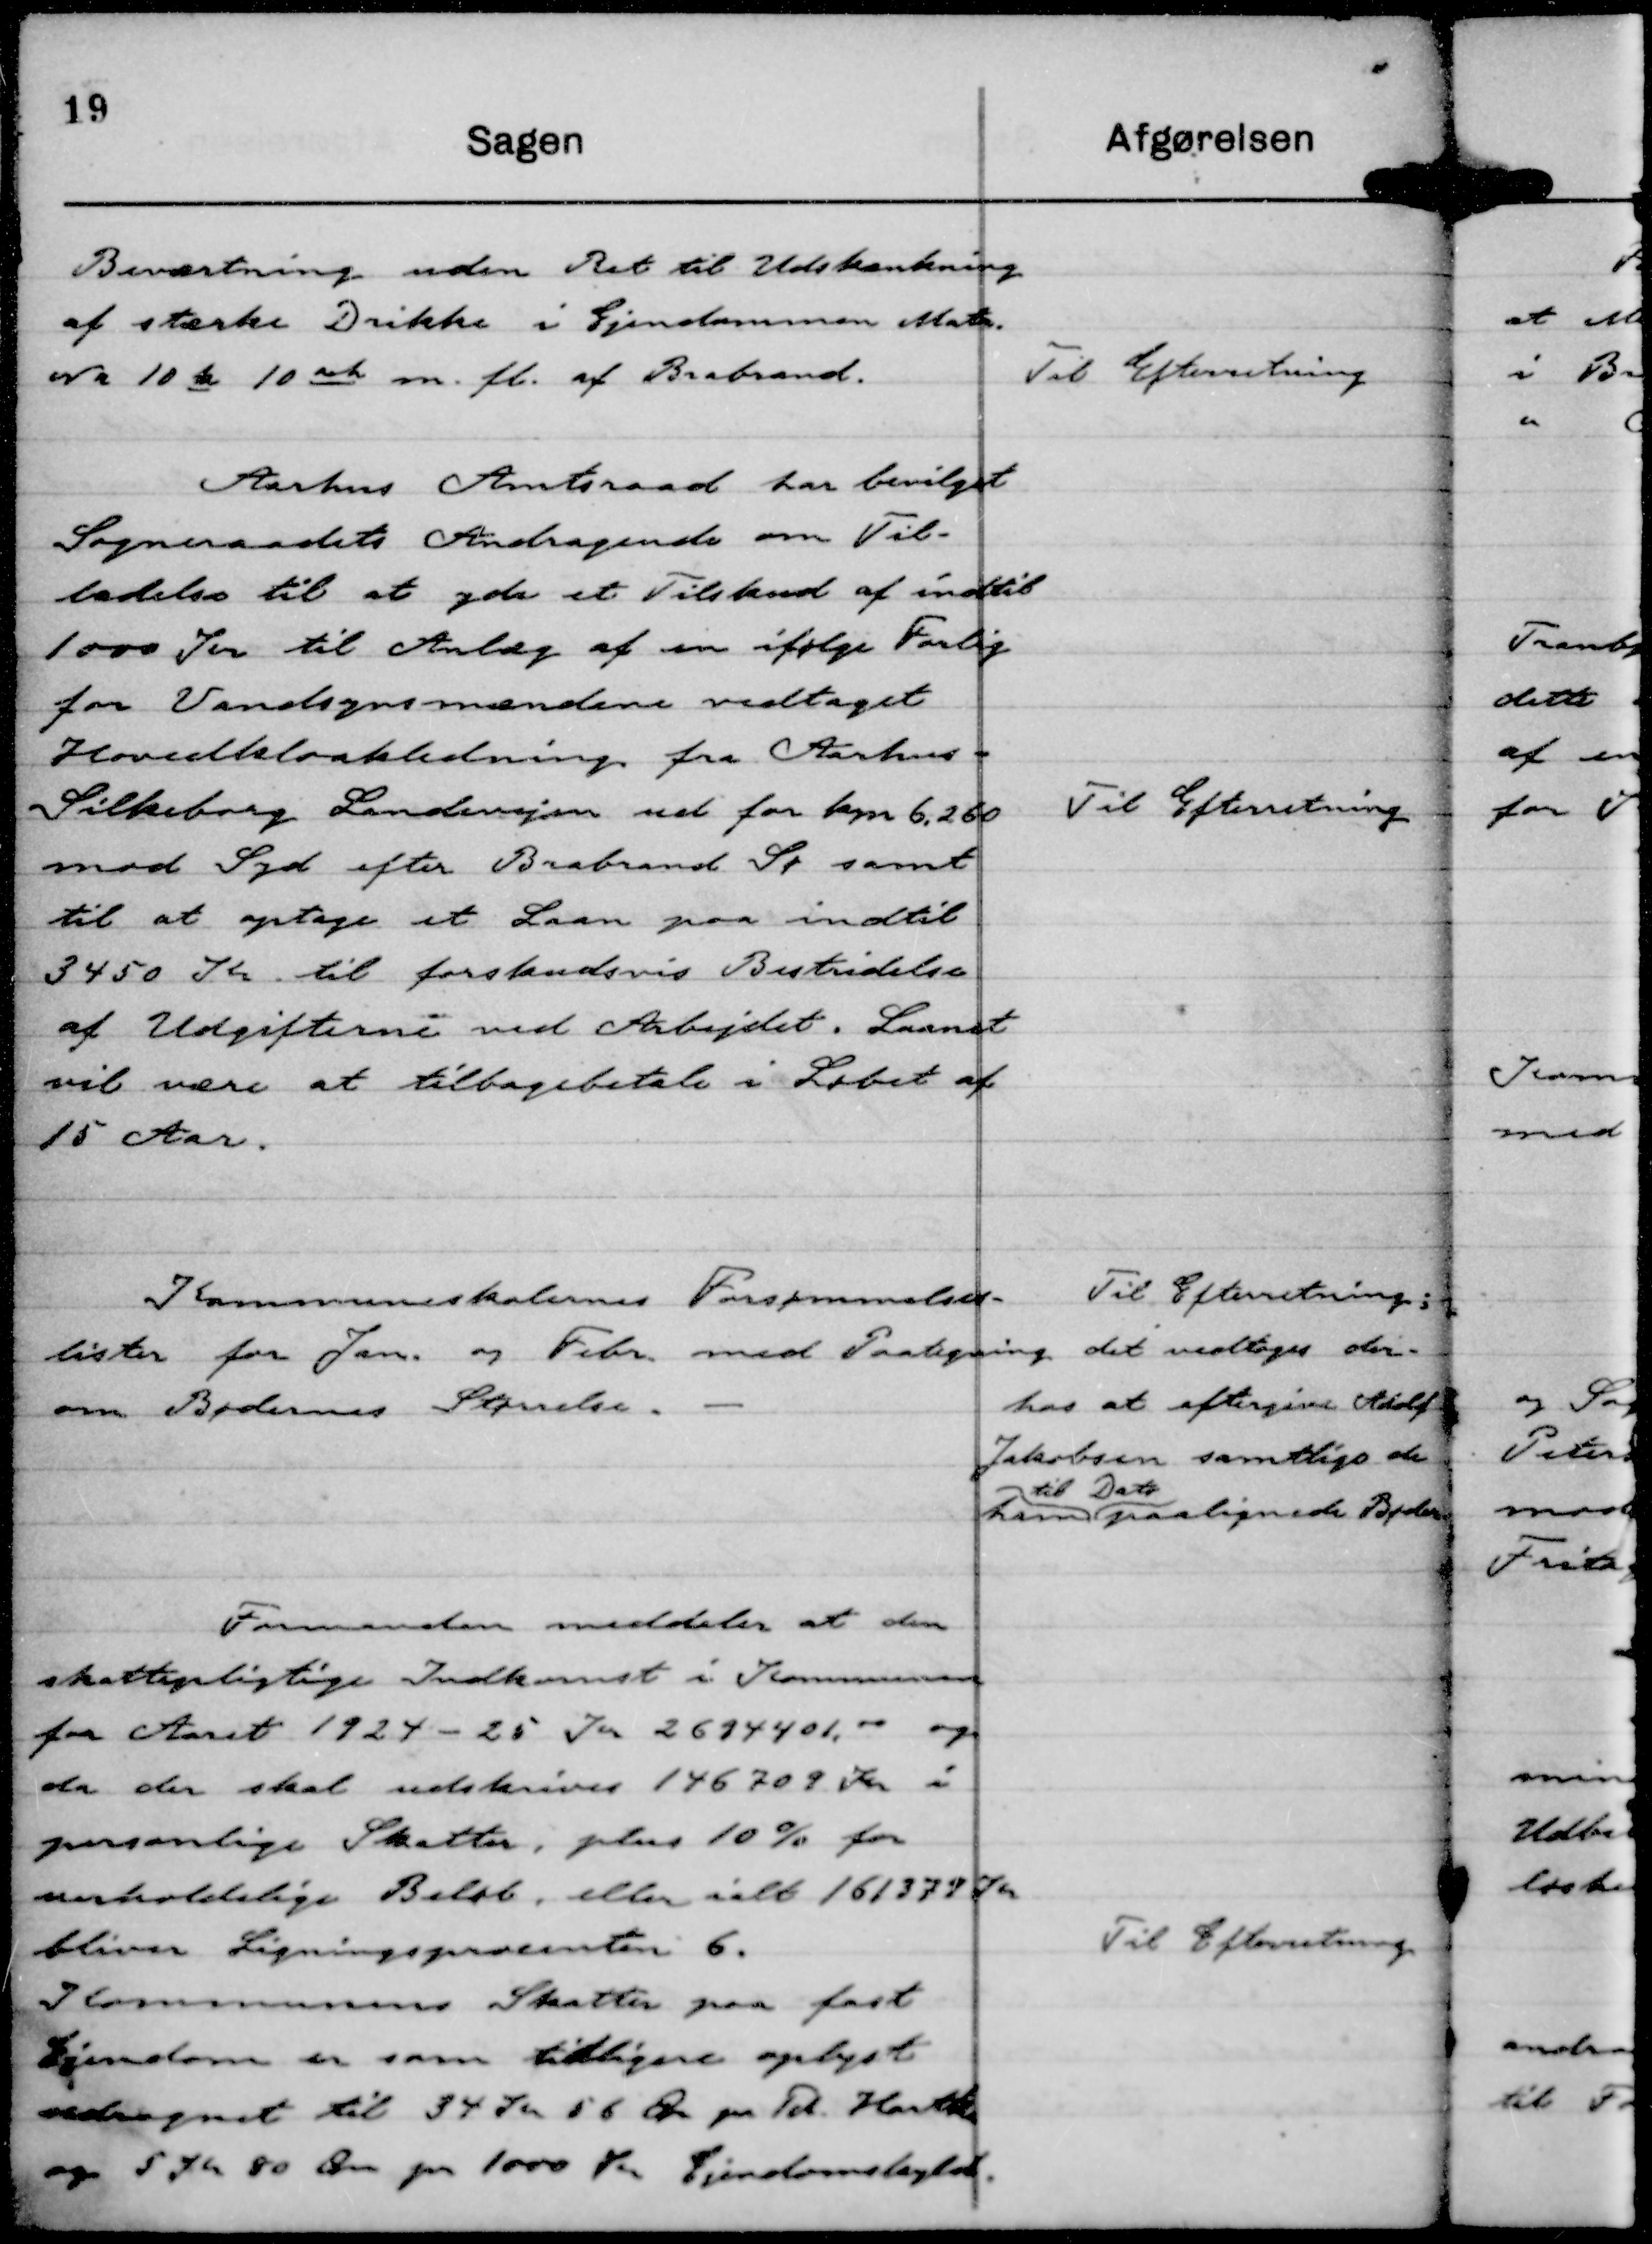
Transskription:
Beværtning uden Ret til Udskænkning
af stærke Drikke i Ejendommen Matr.
Nr 10 k 10 ah m. fl. af Brabrand.

TIl Efterretning

Aarhus Amtsraad har bevilget
Sogneraadets Andragende om Til-
ladelse til at yde et Tilskud af indtil
1000 Kr til Anlæg af en ifølge Forlig
for Vandsynsmændene vedtaget
Hovedkloakledning fra Aarhus -
Silkeborg Landevejen ud for km 6,260
mod Syd efter Brabrand Sø samt
til at optage et Laan paa indtil
3450 Kr til forskudsvis Bestridelse
af Udgifterne ved Arbejdet. Laanet
vil være at tilbagebetale i Løbet af
15 Aar.

Til Efterretning

Kommuneskolernes Forsømmelses-
lister for Jan. og Febr. med Paategning
om Bødernes Størrelse.

Til Efterretning;
det vedtoges der-
hos at eftergive Adolf
Jakobsen samtlige de
ham
til Dato
paalignede Bøder

Formanden meddeler at den
skattepligtige Indkomst i Kommunen
for Aaret 1924 - 25 Kr 2694401, 00 og
da der skal udskrives 146709 Kr i
personlige Skatter, plus 10 % for
uerholdelige Beløb, eller ialt 161379 Kr
bliver Ligningsprocenten 6.
Kommunens Skatter paa fast
Ejendom er som tidligere oplyst
udregnet til 34 Kr 56 Øre pr Td. Hartko
og 5 Kr 80 Øre pr 1000 Kr Ejendomskyld.

Til Efterretning